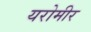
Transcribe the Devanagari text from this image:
यरोमीर